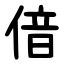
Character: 偣